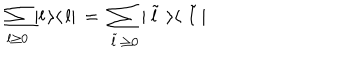
\sum _ { l \geq 0 } | l \, \rangle \langle \, l | \, = \, \sum _ { \, \tilde { l } \, \geq 0 } | \, \tilde { l } \, \, \rangle \langle \, \, \tilde { l } \, |